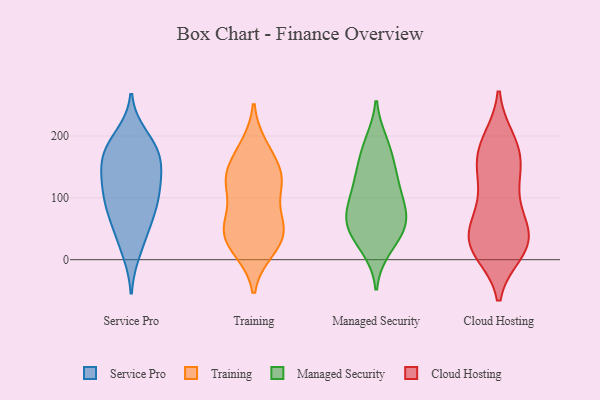
{"axis": {"x": "Energy Usage (MWh)", "y": "Value"}, "legend": ["Cloud Hosting", "Managed Security", "Service Pro", "Training"], "data": [{"x": "", "y": 88, "type": "Service Pro"}, {"x": "", "y": 172, "type": "Service Pro"}, {"x": "", "y": 37, "type": "Service Pro"}, {"x": "", "y": 165, "type": "Service Pro"}, {"x": "", "y": 179, "type": "Service Pro"}, {"x": "", "y": 130, "type": "Service Pro"}, {"x": "", "y": 180, "type": "Service Pro"}, {"x": "", "y": 125, "type": "Service Pro"}, {"x": "", "y": 116, "type": "Service Pro"}, {"x": "", "y": 96, "type": "Service Pro"}, {"x": "", "y": 147, "type": "Service Pro"}, {"x": "", "y": 76, "type": "Service Pro"}, {"x": "", "y": 14, "type": "Service Pro"}, {"x": "", "y": 199, "type": "Service Pro"}, {"x": "", "y": 64, "type": "Service Pro"}, {"x": "", "y": 15, "type": "Training"}, {"x": "", "y": 58, "type": "Training"}, {"x": "", "y": 183, "type": "Training"}, {"x": "", "y": 56, "type": "Training"}, {"x": "", "y": 18, "type": "Training"}, {"x": "", "y": 57, "type": "Training"}, {"x": "", "y": 25, "type": "Training"}, {"x": "", "y": 133, "type": "Training"}, {"x": "", "y": 120, "type": "Training"}, {"x": "", "y": 43, "type": "Training"}, {"x": "", "y": 119, "type": "Training"}, {"x": "", "y": 177, "type": "Training"}, {"x": "", "y": 144, "type": "Training"}, {"x": "", "y": 119, "type": "Training"}, {"x": "", "y": 140, "type": "Training"}, {"x": "", "y": 58, "type": "Training"}, {"x": "", "y": 191, "type": "Managed Security"}, {"x": "", "y": 160, "type": "Managed Security"}, {"x": "", "y": 188, "type": "Managed Security"}, {"x": "", "y": 49, "type": "Managed Security"}, {"x": "", "y": 147, "type": "Managed Security"}, {"x": "", "y": 95, "type": "Managed Security"}, {"x": "", "y": 22, "type": "Managed Security"}, {"x": "", "y": 118, "type": "Managed Security"}, {"x": "", "y": 60, "type": "Managed Security"}, {"x": "", "y": 57, "type": "Managed Security"}, {"x": "", "y": 53, "type": "Managed Security"}, {"x": "", "y": 137, "type": "Managed Security"}, {"x": "", "y": 60, "type": "Managed Security"}, {"x": "", "y": 110, "type": "Managed Security"}, {"x": "", "y": 91, "type": "Managed Security"}, {"x": "", "y": 17, "type": "Managed Security"}, {"x": "", "y": 75, "type": "Managed Security"}, {"x": "", "y": 185, "type": "Cloud Hosting"}, {"x": "", "y": 12, "type": "Cloud Hosting"}, {"x": "", "y": 194, "type": "Cloud Hosting"}, {"x": "", "y": 100, "type": "Cloud Hosting"}, {"x": "", "y": 67, "type": "Cloud Hosting"}, {"x": "", "y": 26, "type": "Cloud Hosting"}, {"x": "", "y": 41, "type": "Cloud Hosting"}, {"x": "", "y": 18, "type": "Cloud Hosting"}, {"x": "", "y": 131, "type": "Cloud Hosting"}, {"x": "", "y": 146, "type": "Cloud Hosting"}, {"x": "", "y": 63, "type": "Cloud Hosting"}, {"x": "", "y": 137, "type": "Cloud Hosting"}, {"x": "", "y": 160, "type": "Cloud Hosting"}, {"x": "", "y": 192, "type": "Cloud Hosting"}, {"x": "", "y": 169, "type": "Cloud Hosting"}, {"x": "", "y": 13, "type": "Cloud Hosting"}, {"x": "", "y": 73, "type": "Cloud Hosting"}, {"x": "", "y": 36, "type": "Cloud Hosting"}, {"x": "", "y": 25, "type": "Cloud Hosting"}, {"x": "", "y": 25, "type": "Cloud Hosting"}]}